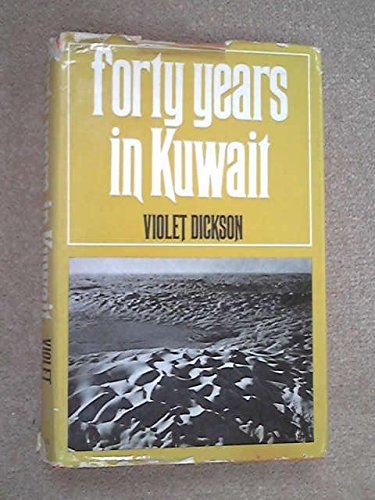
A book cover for Forty Years in Kuwait; Violet Dickson; Travel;